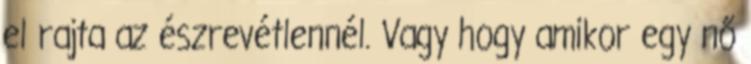
el rajta az észrevétlennél. Vagy hogy amikor egy nő